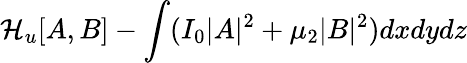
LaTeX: {\cal H}_{u}[A,B]-\int(I_{0}|A|^{2}+\mu_{2}|B|^{2})dxdydz